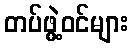
တပ်ဖွဲ့ဝင်များ